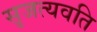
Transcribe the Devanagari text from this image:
सृजत्यवति